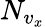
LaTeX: N_{v_{x}}